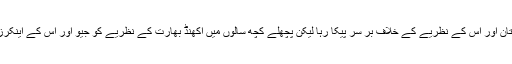
وہ ہمیشہ اسی زور و شور سے پاکستان اور اس کے نظریے کے خلاف بر سر پیکا رہا لیکن پچھلے کچھ سالوں میں اکھنڈ بھارت کے نظریے کو جیو اور اس کے اینکرز نے خوب پھیلانے کی کوشش کی ۔